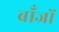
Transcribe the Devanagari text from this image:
बाँजों